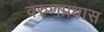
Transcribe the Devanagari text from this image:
वरुणप्रधास